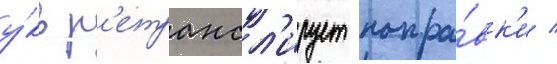
у́кв р'етрансл'ирует попра́вк'и /